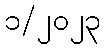
၁/၂၀၂၃